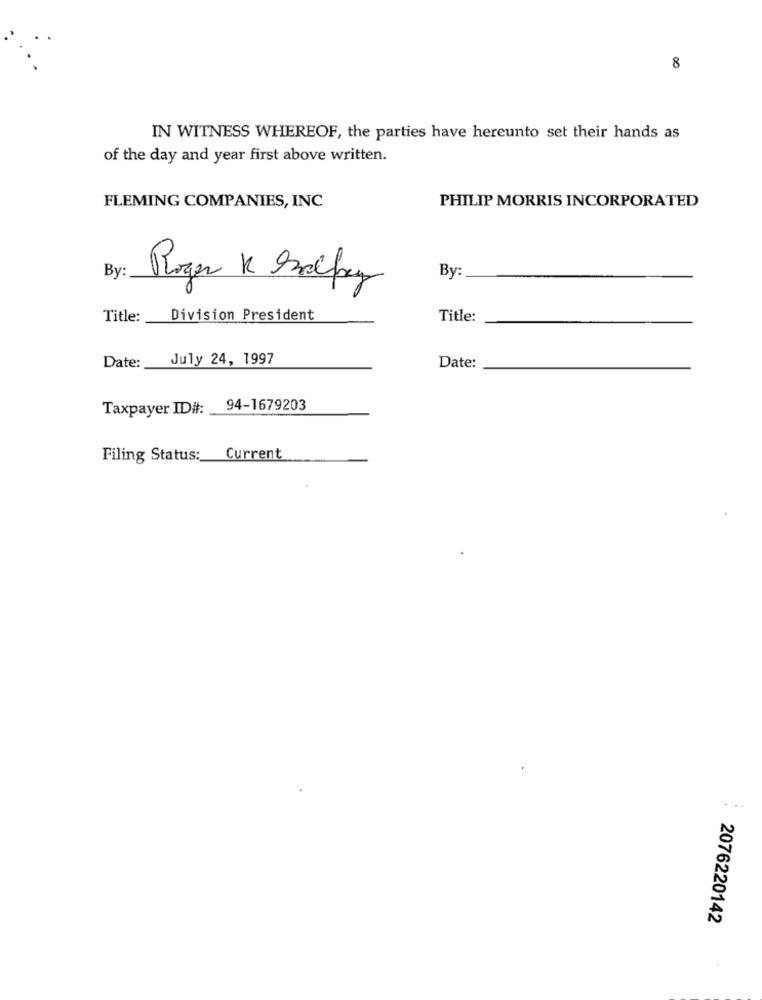
8
IN WITNESS WHEREOF, the parties have hereunto set their hands as
of the day and year first above written.
PHILIP MORRIS INCORPORATED
FLEMING COMPANIES, INC
By:
Roger K Salpey
By:
Title:
Division President
Title:
July 24, 1997
Date :_
Date:
Taxpayer ID#: 94-1679203
Filing Status: Current
2076220142